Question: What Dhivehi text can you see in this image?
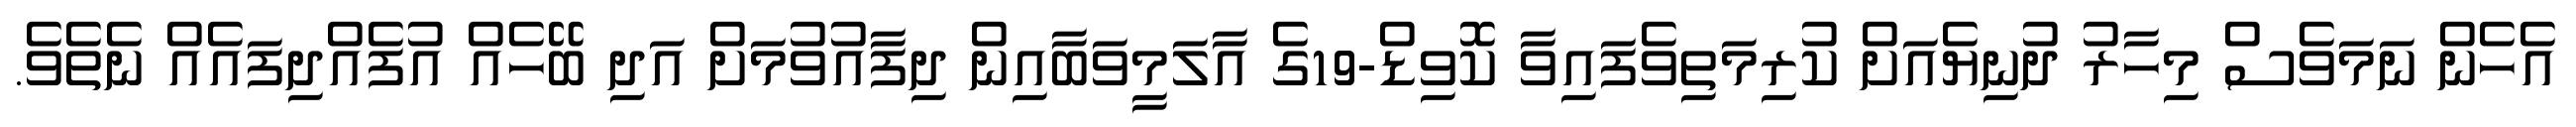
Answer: އެހެން ނަމަވެސް މިހާރު ދުނިޔެއަށް ކުރިމަތިވެފައިވާ ކޮވިޑް-19ގެ އާލަމީވަބާއިން ދިފާއުވުމަށް އަދި ބޭހެއް އުފެއްދިފައެއް ނެތެވެ.